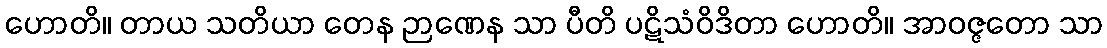
ဟောတိ။ တာယ သတိယာ တေန ဉာဏေန သာ ပီတိ ပဋိသံဝိဒိတာ ဟောတိ။ အာဝဇ္ဇတော သာ